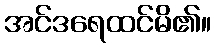
အင်ဒရေထင်မိ၏။